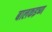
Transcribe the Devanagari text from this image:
बालकइष्ण